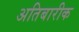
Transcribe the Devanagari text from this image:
अतिबारीक